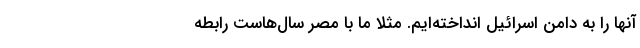
آنها را به دامن اسرائیل انداخته‌ایم. مثلا ما با مصر سال‌هاست رابطه